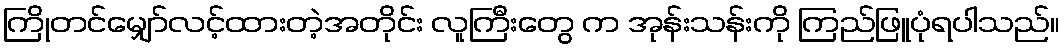
ကြိုတင်မျှော်လင့်ထားတဲ့အတိုင်း လူကြီးတွေ က အုန်းသန်းကို ကြည်ဖြူပုံရပါသည်။